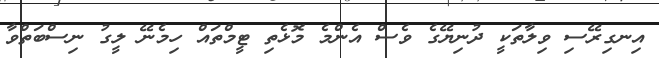
އިނގިރޭސި ވިލާތަކީ ދުނިޔޭގެ ވެސް އެންމެ މޮޅެތި ޓީމްތައް ހިމެނޭ ލީގު ނިސްބަތްވާ